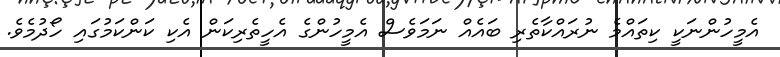
އެމީހުންނަކީ ކިތައްމެ ނުރައްކާތެރި ބައެއް ނަމަވެސް އެމީހުންގެ އެހީތެރިކަން އެކި ކަންކަމުގައި ހޯދުމެވެ.